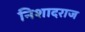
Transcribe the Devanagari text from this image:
निशादराज